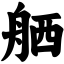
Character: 舾